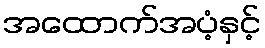
အထောက်အပံ့နှင့်